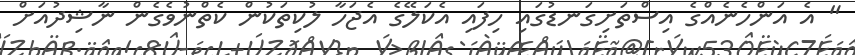
" އެ އަންހެނެއްގެ އިސްތަށިގަނޑުގައި ހިފައި އެކަލޭގެ އެޖަހާ ލުކިތަކުން ކެތްނުވެގެން ނާޝިދުއަށް